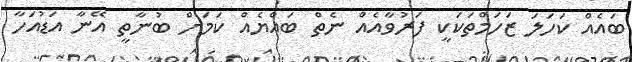
ބައެއް ކަހަލަ ޒަހަމްތަކަކީ ފަރުވާއެއް ނެތް ބައްޔެއް ކަމަށް ބުނާތީ އޭނާ އަޑުއަހާ